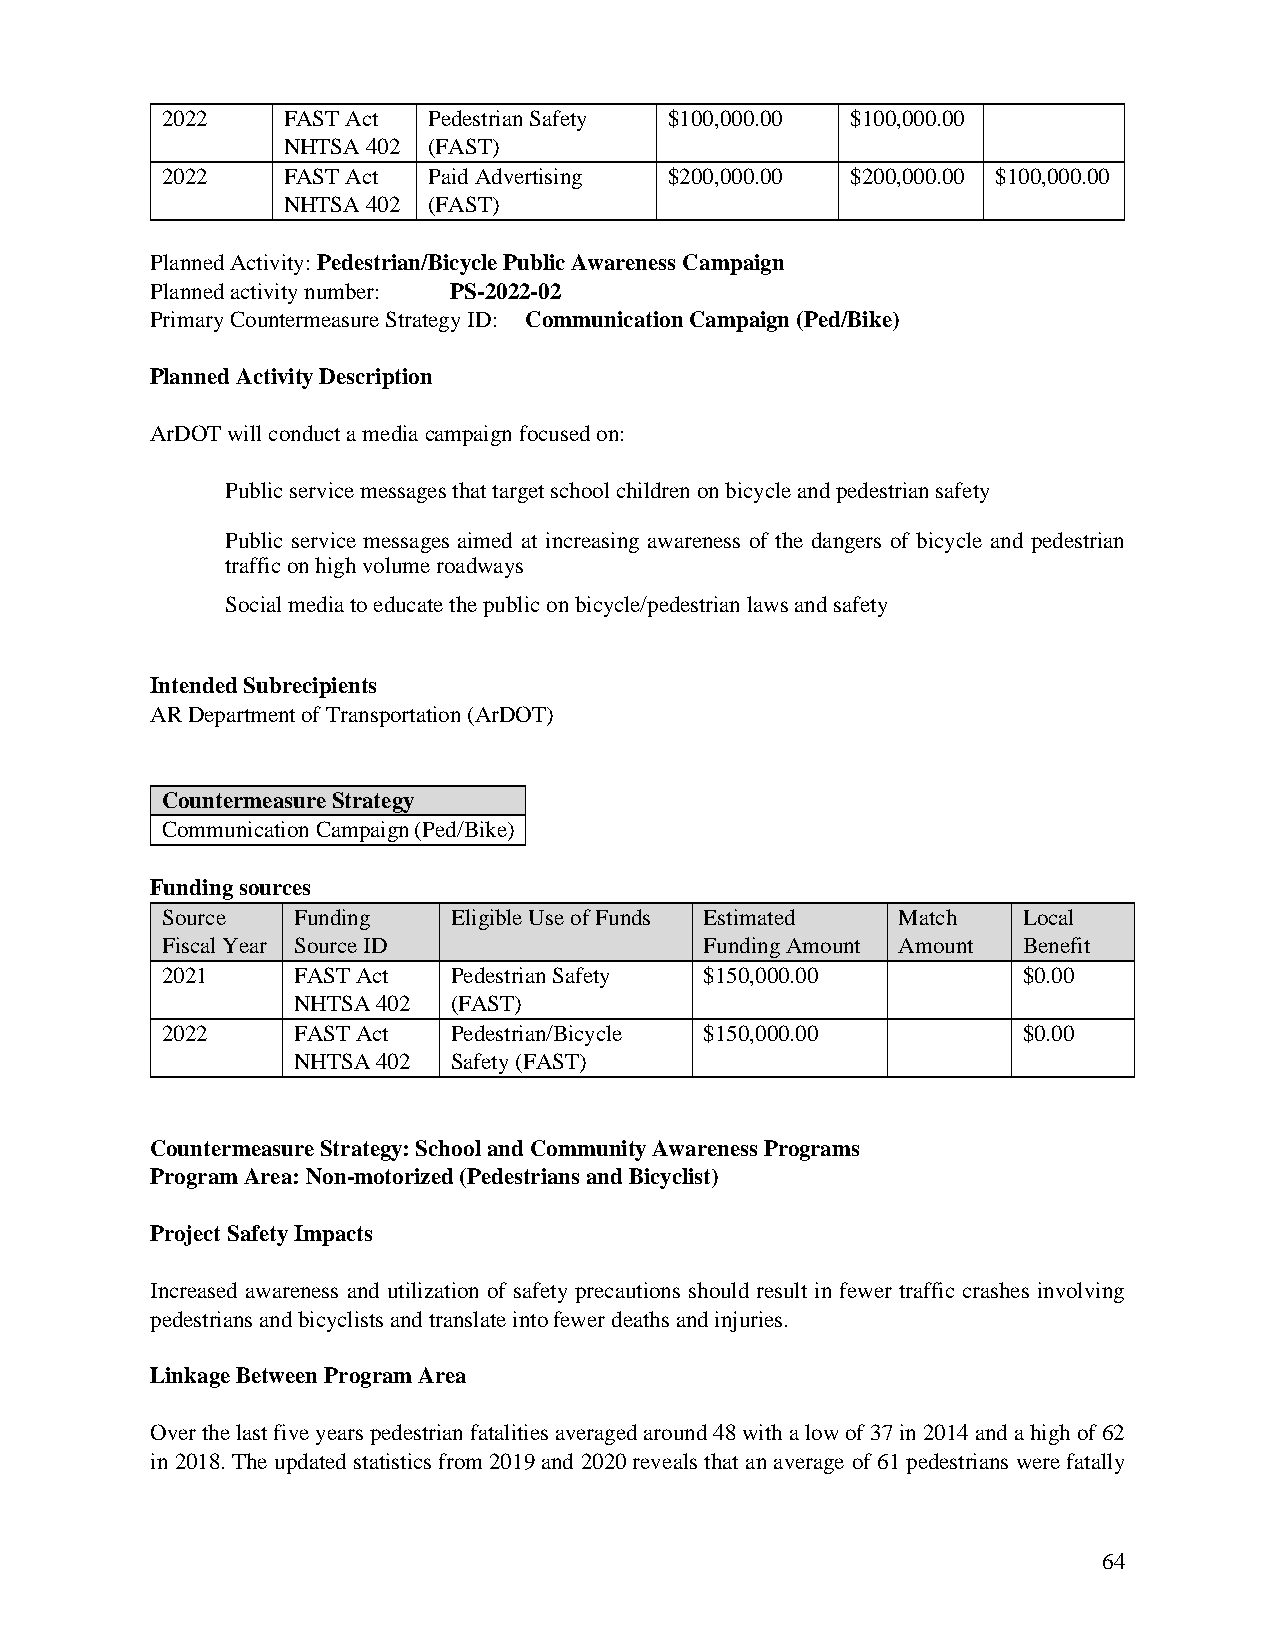
2022    FAST Act Pedestrian Safety $100,000.00 $100,000.00
 NHTSA 402 (FAST)
 2022    FAST Act Paid Advertising $200,000.00 $200,000.00 $100,000.00
 NHTSA 402 (FAST)
 Planned Activity: Pedestrian/Bicycle Public Awareness Campaign
 Planned activity number: PS-2022-02
 Primary Countermeasure Strategy ID: Communication Campaign (Ped/Bike)
 Planned Activity Description
 ArDOT will conduct a media campaign focused on:
 Public service messages that target school children on bicycle and pedestrian safety
 Public service messages aimed at increasing awareness of the dangers of bicycle and pedestrian
 traffic on high volume roadways
 Social media to educate the public on bicycle/pedestrian laws and safety
 Intended Subrecipients
 AR Department of Transportation (ArDOT)
 Countermeasure Strategy
 Communication Campaign (Ped/Bike)
 Funding sources
 Source  Funding    Eligible Use of Funds Estimated Match Local
 Fiscal Year Source ID               Funding Amount Amount Benefit
 2021    FAST Act   Pedestrian Safety $150,000.00         $0.00
 NHTSA 402  (FAST)
 2022    FAST Act   Pedestrian/Bicycle $150,000.00        $0.00
 NHTSA 402  Safety (FAST)
 Countermeasure Strategy: School and Community Awareness Programs
 Program Area: Non-motorized (Pedestrians and Bicyclist)
 Project Safety Impacts
 Increased awareness and utilization of safety precautions should result in fewer traffic crashes involving
 pedestrians and bicyclists and translate into fewer deaths and injuries.
 Linkage Between Program Area
 Over the last five years pedestrian fatalities averaged around 48 with a low of 37 in 2014 and a high of 62
 in 2018. The updated statistics from 2019 and 2020 reveals that an average of 61 pedestrians were fatally
 64